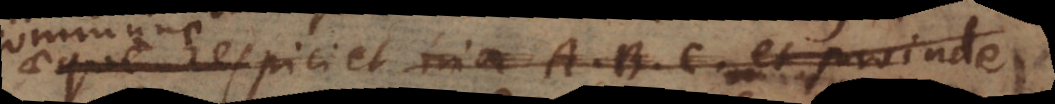
respiciet tria A, B, C et proinde